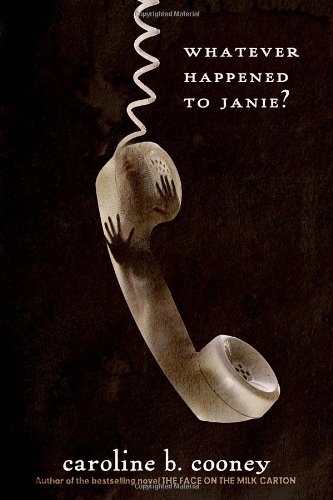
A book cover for Whatever Happened to Janie?; Caroline B. Cooney; Teen & Young Adult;